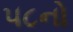
૫૮નો